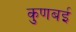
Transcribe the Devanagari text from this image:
कुणबई